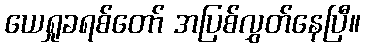
ယေရှုခရစ်တော် အပြစ်လွှတ်နေပြီ။